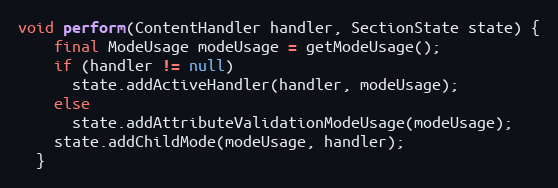
Language: Java
void perform(ContentHandler handler, SectionState state) {
    final ModeUsage modeUsage = getModeUsage();
    if (handler != null)
      state.addActiveHandler(handler, modeUsage);
    else
      state.addAttributeValidationModeUsage(modeUsage);
    state.addChildMode(modeUsage, handler);
  }